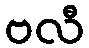
ဗလီ